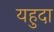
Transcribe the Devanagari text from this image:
यहुदा